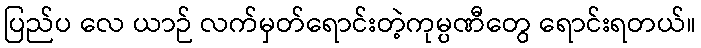
ပြည်ပ လေ ယာဉ် လက်မှတ်ရောင်းတဲ့ကုမ္ပဏီတွေ ရောင်းရတယ်။